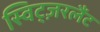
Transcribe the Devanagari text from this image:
स्विट्ज़रलैंट